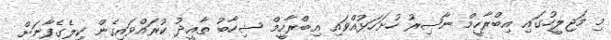
މި މަޖިލީހުގައި އިބްރާހީމް ނާޞިރު ހުށަހަޅުއްވައި އިބްރާހީމް ޝިހާބު ތާއީދު ކުރައްވައިގެން ކިލެގެފާނަށް